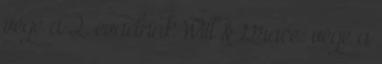
vége a 2. évadnak Will & Grace: vége a